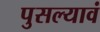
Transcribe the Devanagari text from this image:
पुसल्यावं